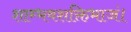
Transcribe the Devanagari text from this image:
शाम्भवशक्तिभाजं।